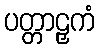
ပတ္တာဠှကံ